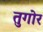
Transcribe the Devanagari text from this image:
तुगोर